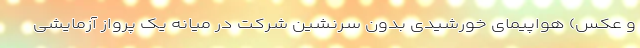
و عکس) هواپیمای خورشیدی بدون سرنشین شرکت در میانه یک پرواز آزمایشی